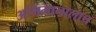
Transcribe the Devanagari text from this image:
अभिमानालाच